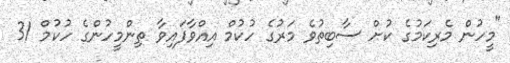
"މީހުން މެރިކަމުގެ ކުށް ސާބިތުވެ މަރުގެ ހުކުމް އިއްވާފައިވާ ތިންމީހުންގެ ހުކުމް 31